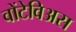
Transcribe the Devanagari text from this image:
वोंटेविअस